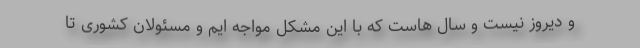
و دیروز نیست و سال هاست که با این مشکل مواجه ایم و مسئولان کشوری تا